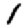
Digit: 1